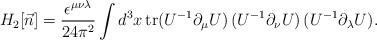
LaTeX: \begin{align*}H_2[\vec n] = \frac{\epsilon^{\mu\nu\lambda}}{24\pi^2} \int d^3 x\, \mbox{tr}(U^{-1}\partial_\mu U)\, (U^{-1}\partial_\nu U)\,(U^{-1}\partial_\lambda U). \end{align*}